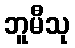
ဘူမီသု